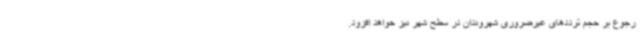
رجوع بر حجم ترددهای غیرضروری شهروندان در سطح شهر نیز خواهد افزود.